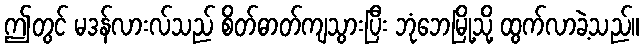
ဤတွင် မဒန်လားလ်သည် စိတ်ဓာတ်ကျသွားပြီး ဘုံဘေမြို့သို့ ထွက်လာခဲ့သည်။